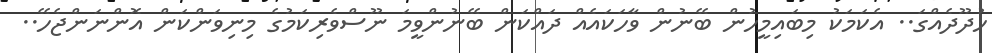
ހުދޫދެއްގަ.. އެކަމަކު މިބައިމީހުން ބޭނުން ވާހަކައެއް ދައްކަން ބޭނުންވީމަ ނޫސްވެރިކަމުގެ މިނިވަންކަން އޮންނަންޖެހޭ..